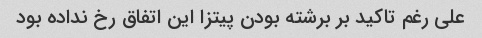
علی رغم تاکید بر برشته بودن پیتزا این اتفاق رخ نداده بود